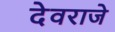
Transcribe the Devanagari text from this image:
देवराजे